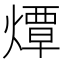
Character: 燂